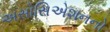
અસોસિએશનનો